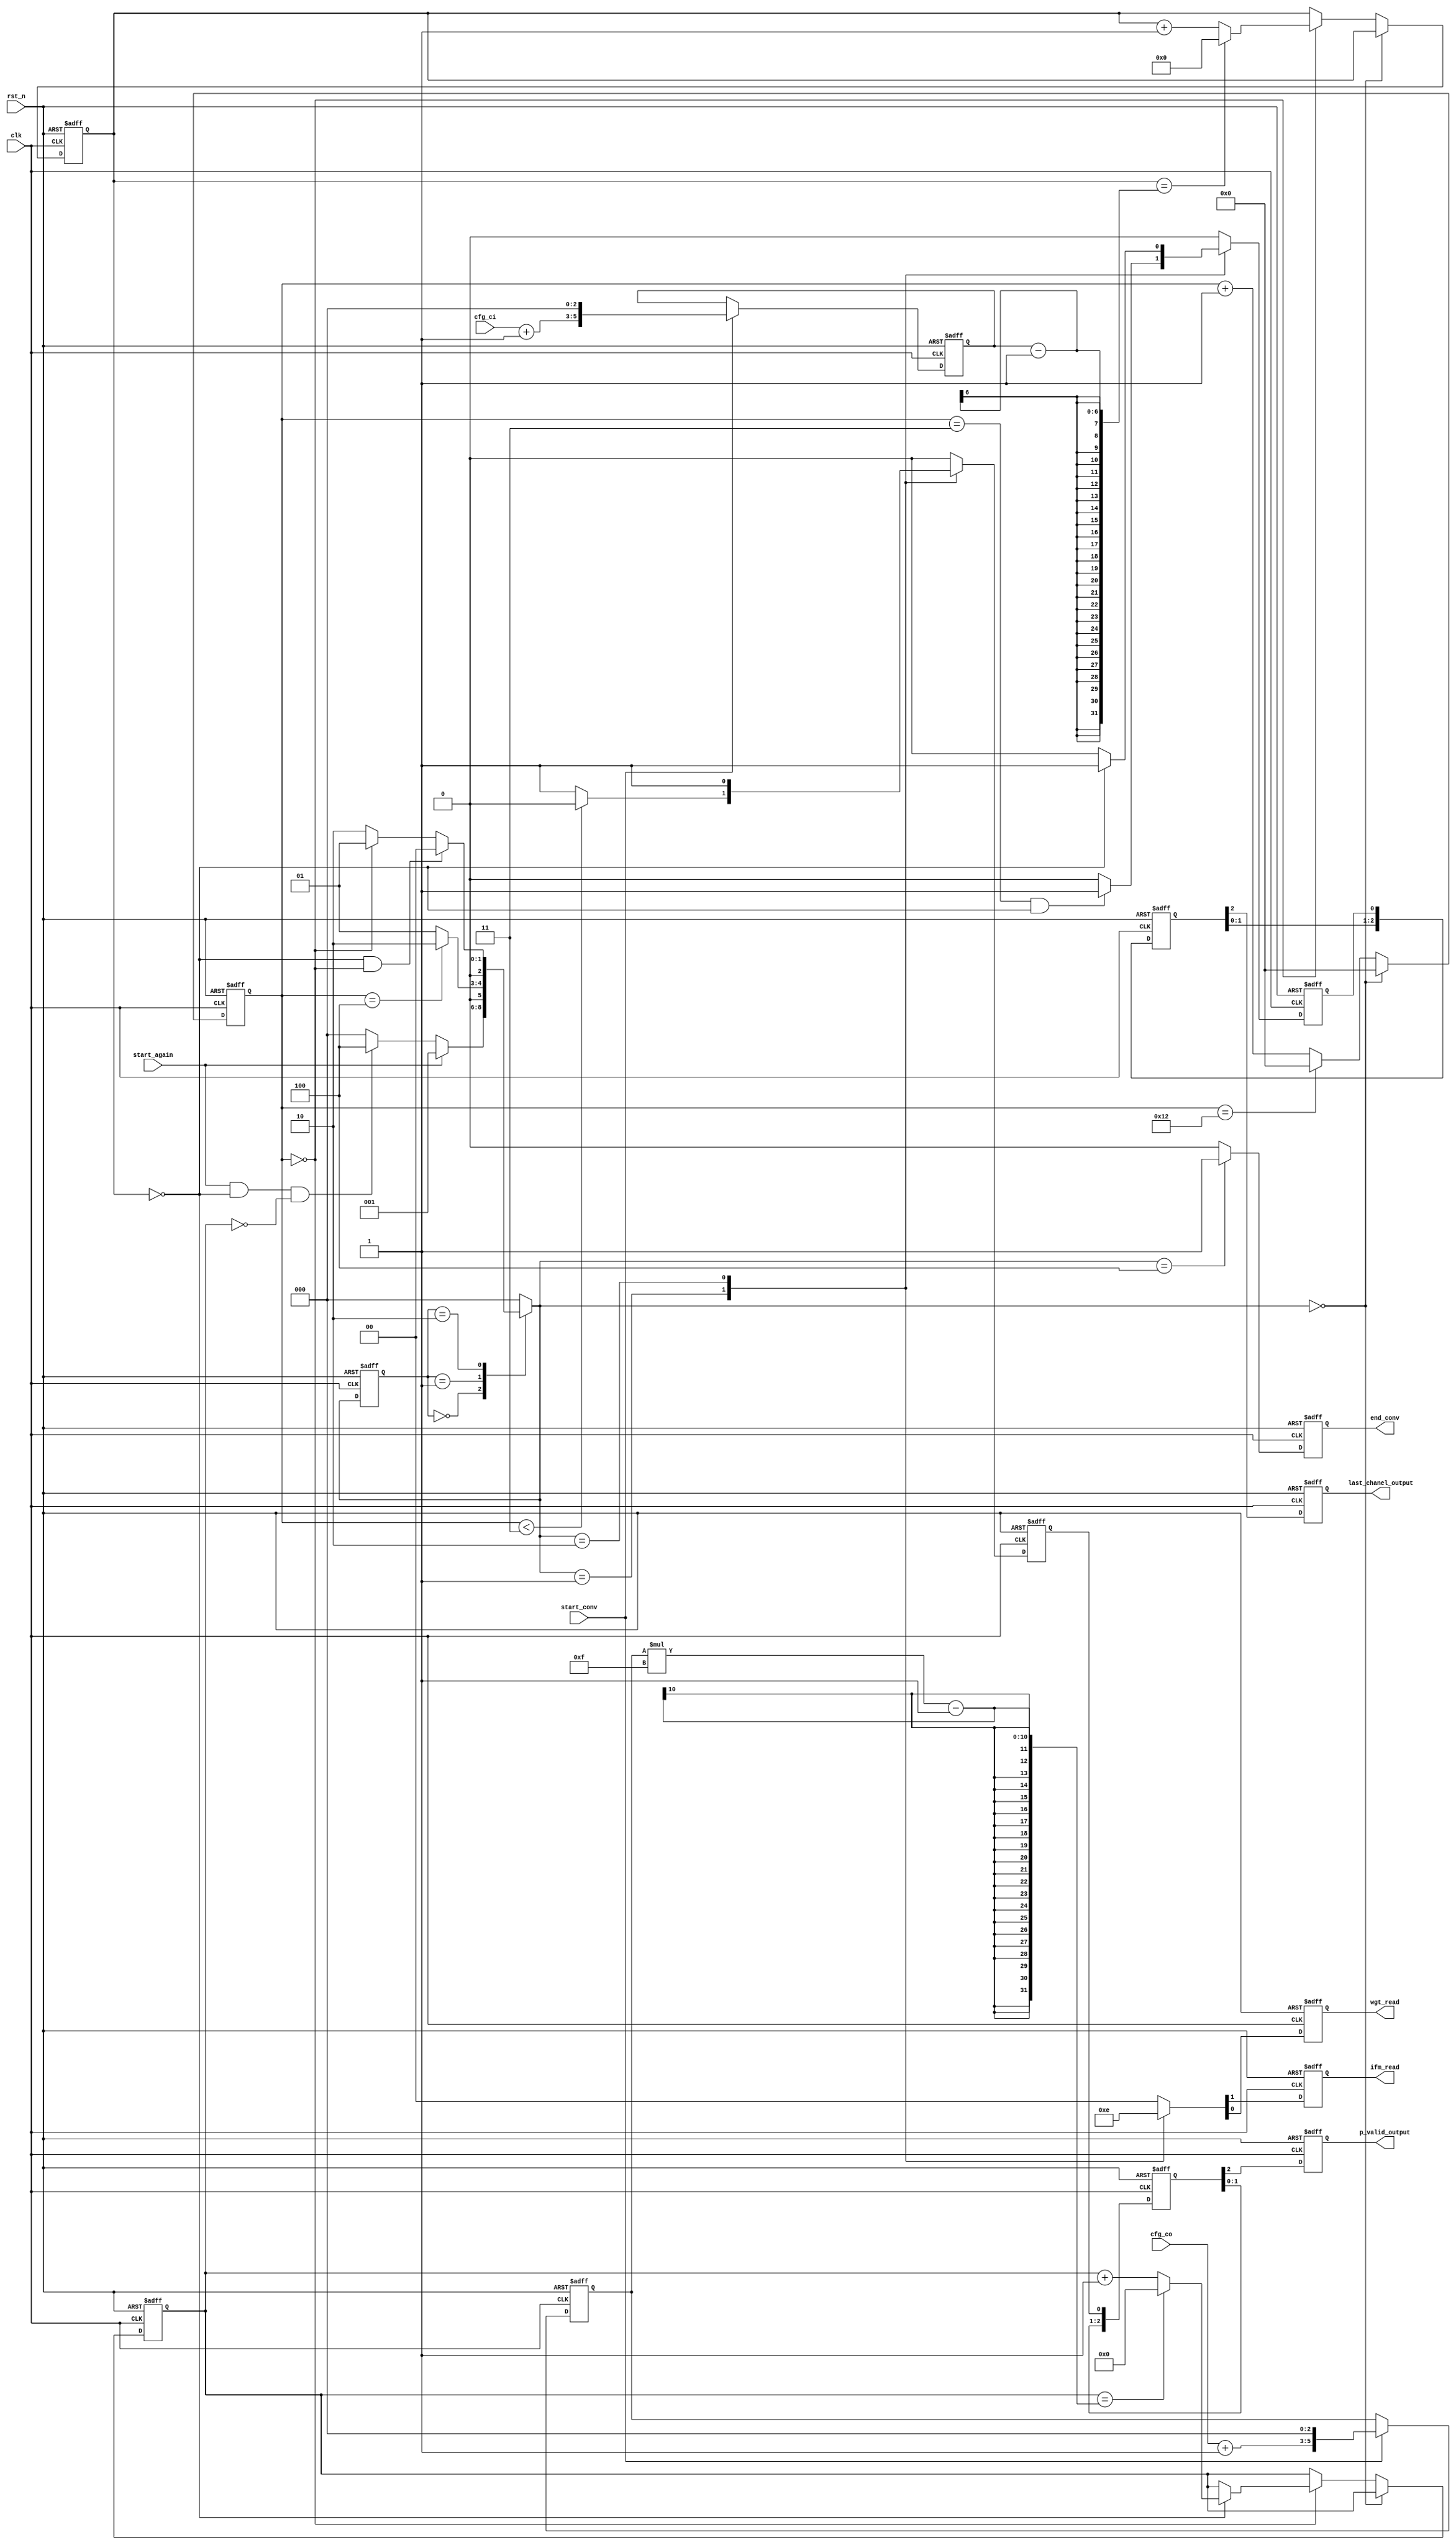
module PE_FSM (clk, rst_n, start_conv, start_again, cfg_ci, cfg_co, 
            ifm_read, wgt_read, p_valid_output, last_chanel_output, end_conv
);

input clk;
input rst_n;
input start_conv;
input start_again;
input [1:0] cfg_ci;
input [1:0] cfg_co;
output ifm_read;
output wgt_read;
output p_valid_output;
output last_chanel_output;
output end_conv;


reg [5:0] ci;
reg [5:0] co;

reg [5:0] cnt1;
reg [8:0] cnt2;
reg [4:0] cnt3;


reg [2:0] current_state;
reg [2:0] next_state;

reg ifm_read;
reg wgt_read;
reg p_valid;
reg last_chanel;
reg end_conv;

parameter [2:0]
    IDLE = 3'b000,
    S1 = 3'b001,
    S2 = 3'b010,
    FINISH = 3'b100; 

parameter[6:0] tile_length =  16;

always @ (posedge clk or negedge rst_n)
    if(!rst_n)
        current_state <= IDLE;
    else
        current_state <= next_state; 

always @(posedge clk or negedge rst_n) begin
    if (!rst_n) begin
        ci <= 0;
        co <= 0;
    end else if(start_conv) begin
        ci <= ((cfg_ci + 6'b000001) << 3);
        co <= ((cfg_co + 6'b000001) << 3);
    end
end

always @ (current_state or start_conv or start_again or cnt1 or cnt2) 
begin
    next_state = 3'bx; 
    case(current_state)
        IDLE: 
            if(start_again)
                next_state = S1;
            else if(start_again && cnt2 == 0 && cnt3 == 0)
                next_state = FINISH;
            else
                next_state = IDLE;
        S1: 
            next_state = (cnt1 == 4) ? S2 : S1;
        S2:
            if(cnt2 == 0 && cnt1 == 0)
                next_state = IDLE;
            else if(cnt1 == 0)
                next_state = S1;
            // else if(cnt1 == 0)
            //     next_state = S1;
            else 
                next_state = S2;
        default:
            next_state = IDLE;
    endcase
end

always @ (posedge clk or negedge rst_n)
    if(!rst_n)
        {ifm_read, wgt_read, p_valid, last_chanel, end_conv} <= 5'b00000;
    else
        begin
            {ifm_read, wgt_read, p_valid, last_chanel, end_conv} <= 5'b00000;
            case(next_state)
                IDLE:
                    {ifm_read, wgt_read, p_valid, last_chanel, end_conv} <= 5'b00000;
                S1: 
                begin
                    {ifm_read, wgt_read, end_conv} <= 3'b110;
                    p_valid <= (cnt1 < 3) ? 0 : 1; 
                    last_chanel <= (cnt1 == 3 && cnt2 == 0) ? 1 : 0; 
                end
                S2:
                    begin
                        {ifm_read, wgt_read, p_valid, end_conv} <= 4'b1010; 
                        last_chanel <= (cnt2 == 0) ? 1 : 0;               
                    end
                FINISH:
                    {ifm_read, wgt_read, p_valid, last_chanel, end_conv} <= 5'b00001;           
                default:
                    {ifm_read, wgt_read, p_valid, last_chanel, end_conv} <= 5'b00000;
            endcase
        end



always @ (posedge clk or negedge rst_n)
    if(!rst_n)
        begin
            cnt1 <= 0;
            cnt2 <= 0;
            cnt3 <= 0;
        end
    else
        begin
            if(next_state == IDLE)
                cnt1 <= 0;
            else
                begin
                    if (cnt1 == tile_length + 2)
                        cnt1 <= 0;
                    else      
                        cnt1 <= cnt1 + 1;
                    if(cnt1 == 0)
                    begin                     
                        if(cnt2 == ci-1)
                            cnt2 <= 0;
                        else
                            cnt2 <= cnt2 + 1;
                        if(cnt2 == 0)
                            if(cnt3 == co*15-1)
                                cnt3 <= 0;
                            else
                                cnt3 <= cnt3 + 1;
                        else 
                            cnt3 <= cnt3;
                    end
                    else
                        cnt2 <= cnt2;
                end
        end

reg [2:0] p_valid_i;
reg [2:0] last_chanel_i;
reg p_valid_output;
reg last_chanel_output;
always @(posedge clk or negedge rst_n)
    if (!rst_n) begin
        p_valid_output     <= 0;
        p_valid_i[2]       <= 0;
        p_valid_i[1]       <= 0;
        p_valid_i[0]       <= 0;
        last_chanel_output <= 0; 
        last_chanel_i[2]   <= 0;
        last_chanel_i[1]   <= 0;
        last_chanel_i[0]   <= 0;
    end else begin
        p_valid_output     <= p_valid_i[2];
        p_valid_i[2]       <= p_valid_i[1];
        p_valid_i[1]       <= p_valid_i[0];
        p_valid_i[0]       <= p_valid;
        last_chanel_output <= last_chanel_i[2]; 
        last_chanel_i[2]   <= last_chanel_i[1];
        last_chanel_i[1]   <= last_chanel_i[0];
        last_chanel_i[0]   <= last_chanel;
    end


endmodule //PE